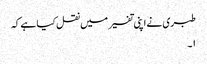
طبری نے اپنی تفسیر میں نقل کیا ہے کہ
۱۔